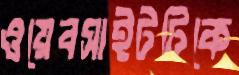
ওয়েবসাইটটিকে